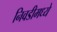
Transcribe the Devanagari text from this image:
निवडीमध्ये